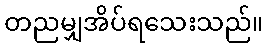
တညမျှအိပ်ရသေးသည်။